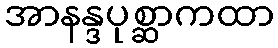
အာနန္ဒပုစ္ဆာကထာ